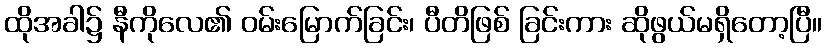
ထိုအခါ၌ နီကိုလေ၏ ဝမ်းမြောက်ခြင်း၊ ပီတိဖြစ် ခြင်းကား ဆိုဖွယ်မရှိတော့ပြီ။